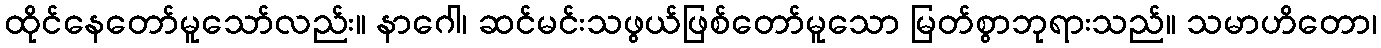
ထိုင်နေတော်မူသော်လည်း။ နာဂေါ၊ ဆင်မင်းသဖွယ်ဖြစ်တော်မူသော မြတ်စွာဘုရားသည်။ သမာဟိတော၊